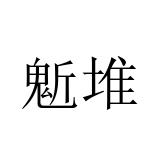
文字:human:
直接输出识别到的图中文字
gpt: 鬿堆